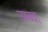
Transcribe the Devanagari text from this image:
उम्ब्वा